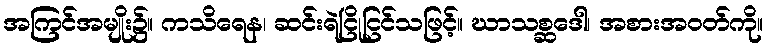
အကြင်အမျိုး၌။ ကသိရေန၊ ဆင်းရဲငြိုငြင်သဖြင့်။ ဃာသစ္ဆဒေါ၊ အစားအဝတ်ကို။